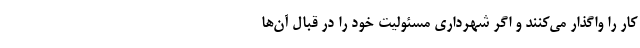
کار را واگذار می‌کنند و اگر شهرداری مسئولیتِ خود را در قبال آن‌ها